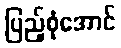
ပြည့်စုံအောင်